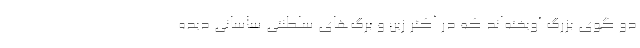
دو گوی بزرگ آویخته‌اند که در اکثر زین و برگ‌های سلطنتی ساسانی دیده